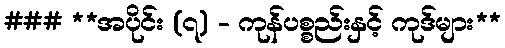
### **အပိုင်း (၇) - ကုန်ပစ္စည်းနှင့် ကုဒ်များ**